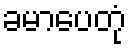
ခမာပေတုံ